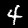
Label: 4